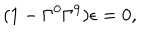
( 1 - \Gamma ^ { 0 } \Gamma ^ { 9 } ) \epsilon = 0 ,